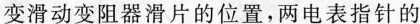
变滑动变阻器滑片的位置，两电表指针的